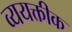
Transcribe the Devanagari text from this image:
व्ययक्तीक